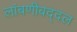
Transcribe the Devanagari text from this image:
लांबणीबद्दल